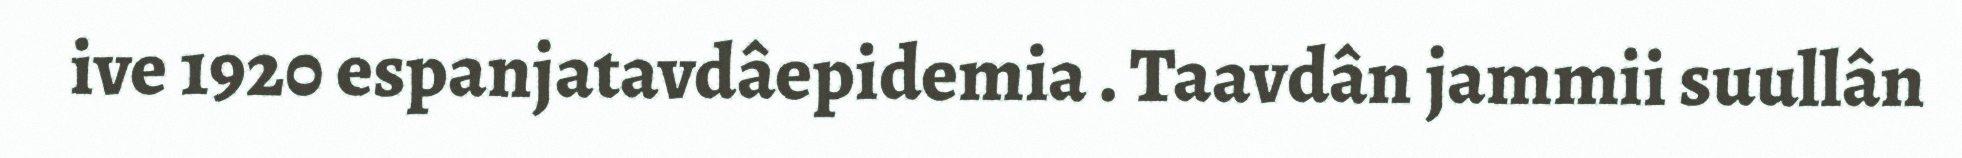
ive 1920 espanjatavdâepidemia . Taavdân jammii suullân